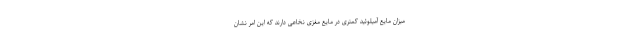
میزان مایع آمیلوئید کمتری در مایع مغزی نخاعی دارند که این امر نشان